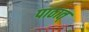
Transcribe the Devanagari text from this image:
पाठात्‌